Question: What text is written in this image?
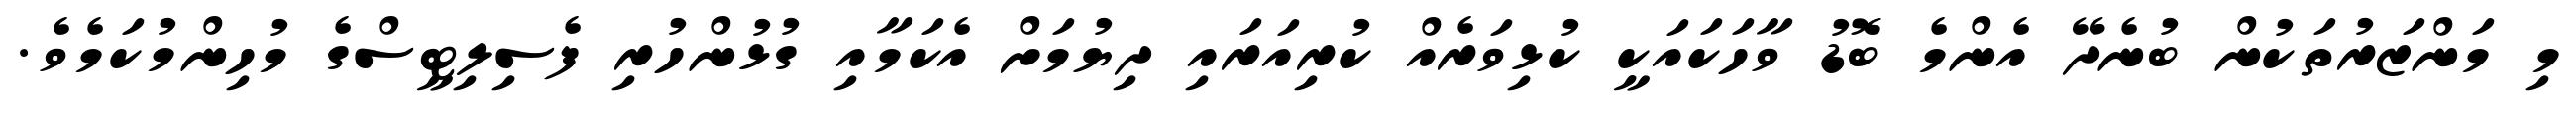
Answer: މި މަންޒަރުތަކުން ބުނެދޭ އެންމެ ބޮޑު ވާހަކައަކީ ކުޅިވަރެއް ކުރިއަރައި ދިޔުމަށް އެކަމާއި ގުޅުންހުރި ފެސިލިޓީސްގެ މުހިންމުކަމެވެ.